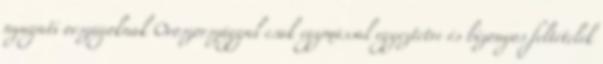
nyugati országoknak Oroszországgal csak egymással egyeztetve és bizonyos feltételek